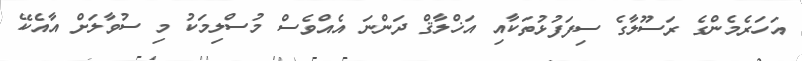
އަހަރެމެންގެ ރަސޫލާގެ ސިފަފުޅުތަކާއި އަޚްލާޤް ދަންނަ އެއްވެސް މުސްލިމަކު މި ސުވާލަށް އާއެކޭ